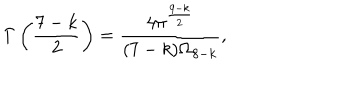
LaTeX: \Gamma \left( \frac { 7 - k } { 2 } \right) = \frac { 4 \pi ^ { \frac { 9 - k } { 2 } } } { ( 7 - k ) \Omega _ { 8 - k } } ,